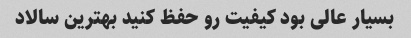
بسیار عالی بود کیفیت رو حفظ کنید بهترین سالاد